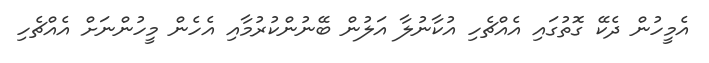
އެމީހުން ދެކޭ ގޮތުގައި އެއްޗެހި އުކާނުލާ އަލުން ބޭނުންކުރުމާއި އެހެން މީހުންނަށް އެއްޗެހި